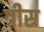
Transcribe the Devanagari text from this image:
त्रीस